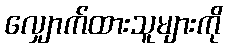
လျှောက်ထားသူများကို